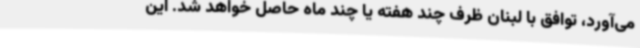
می‌آورد، توافق با لبنان ظرف چند هفته یا چند ماه حاصل خواهد شد. این